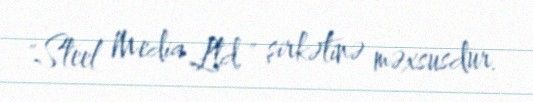
"Steel Media Ltd." şirkətinə məxsusdur.